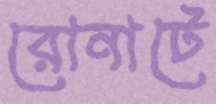
রোনাটে